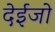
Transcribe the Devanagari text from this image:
देईजो